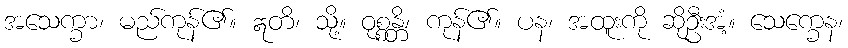
အသေက္ခာ၊ မည်ကုန်၏။ ဣတိ၊ သို့။ ဝုစ္စန္တိ၊ ကုန်၏။ ပန၊ အထူးကို ဆိုဦးအံ့။ သေက္ခေန၊